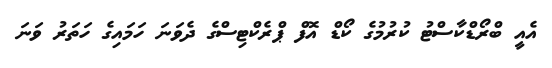
އެއީ ބްރޯޑްކާސްޓު ކުރުމުގެ ކޯޑް އޮފް ޕްރެކްޓިސްގެ ދެވަނަ ހަމައިގެ ހަތަރު ވަނަ